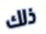
ذلك